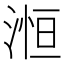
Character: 𪶥